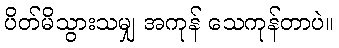
ပိတ်မိသွားသမျှ အကုန် သေကုန်တာပဲ။